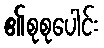
၏စုစုပေါင်း